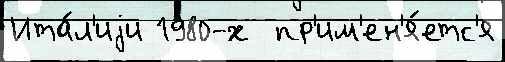
Ита́л'иjи 1980-х  пр'им'ен'я́етс'я